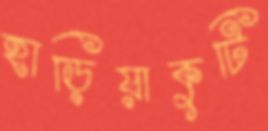
হাড়িয়াকুটি